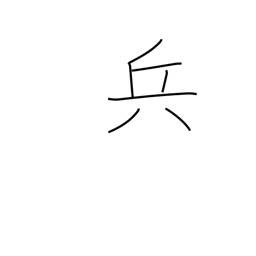
Meaning: strategy